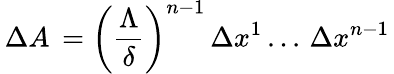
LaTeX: \, \Delta A\, =\left(\frac{\Lambda}{\delta}\right)^{n-1}\, \Delta x^{1}\, ...\, \Delta x^{n-1}\,